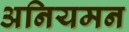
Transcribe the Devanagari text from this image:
अनियमन